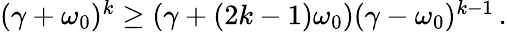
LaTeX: \begin{array}{r}{(\gamma+\omega_{0})^{k}\geq(\gamma+(2k-1)\omega_{0})(\gamma-\omega_{0})^{k-1}\, .}\end{array}